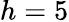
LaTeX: h=5